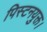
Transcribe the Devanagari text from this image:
पिस्टनयुक्त।